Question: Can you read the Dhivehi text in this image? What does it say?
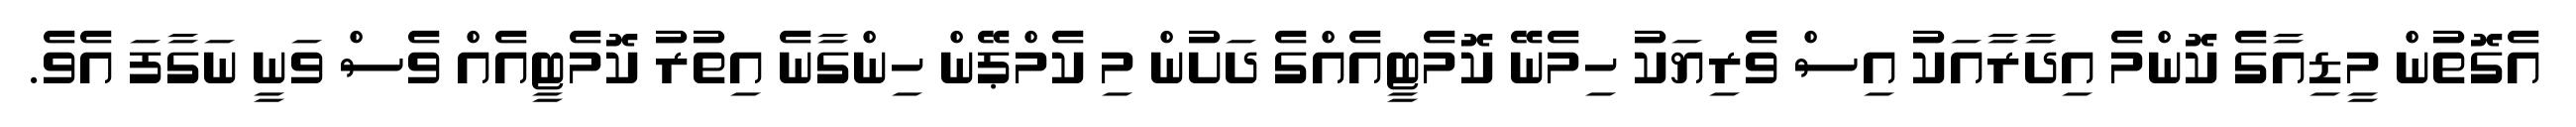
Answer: އެގޮތުން މީޑިއާގެ ކޮންމެ އިދާރާއަކު އިސް ވެރިޔަކު ހިމެނޭ ކޮމެޓީއެއްގެ ދަށުން މި ކެމްޕޭން ހިންގާނެ އިތުރު ކޮމެޓީއެއް ވެސް ވަނީ ނަގާފަ އެވެ.